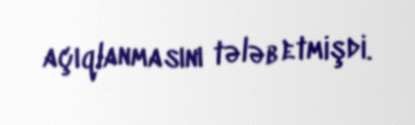
açıqlanmasını tələb etmişdi.